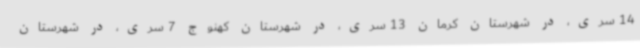
14 سری، در شهرستان کرمان 13 سری، در شهرستان کهنوج 7 سری، در شهرستان